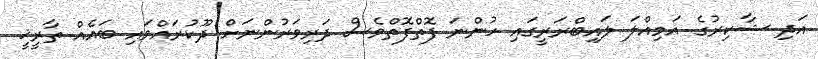
އަދި ޝާކިރުގެ އަމިއްލަ ލައިބްރަރީގައި ހުންނަ ފޮތްފޮތްވެސް ދަރިވަރުންނަށް ދޫކުރައްވައި ބައެއް ތާރީޚީ